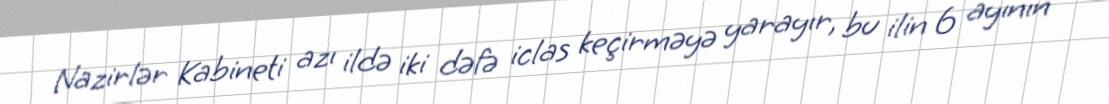
Nazirlər Kabineti azı ildə iki dəfə iclas keçirməyə yarayır, bu ilin 6 ayının